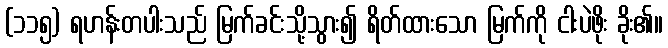
(၁၁၅) ရဟန်းတပါးသည် မြက်ခင်းသို့သွား၍ ရိတ်ထားသော မြက်ကို ငါးပဲဖိုး ခိုး၏။